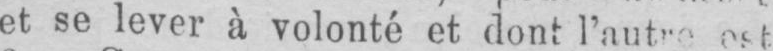
est